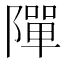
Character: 𨼒